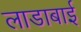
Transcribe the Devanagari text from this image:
लाडाबाई